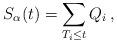
LaTeX: \begin{align*} S_\alpha(t) = \sum_{T_i\leq t } Q_i\,,\end{align*}